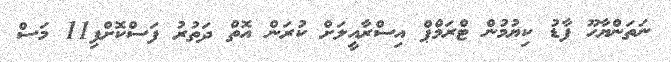
ނަތަންޔާހޫ ފާޑު ކިޔުމުން ޓްރަމްޕް އިސްރާއީލަށް ކުރަން އޮތް ދަތުރު ފަސްކޮށްފި11 މަސް